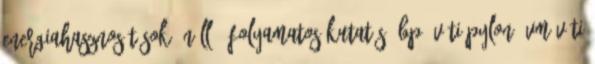
energiahasznosítások Önálló, folyamatos kutatás. Bp. VÁTI PYLON ÉVM VÁTI